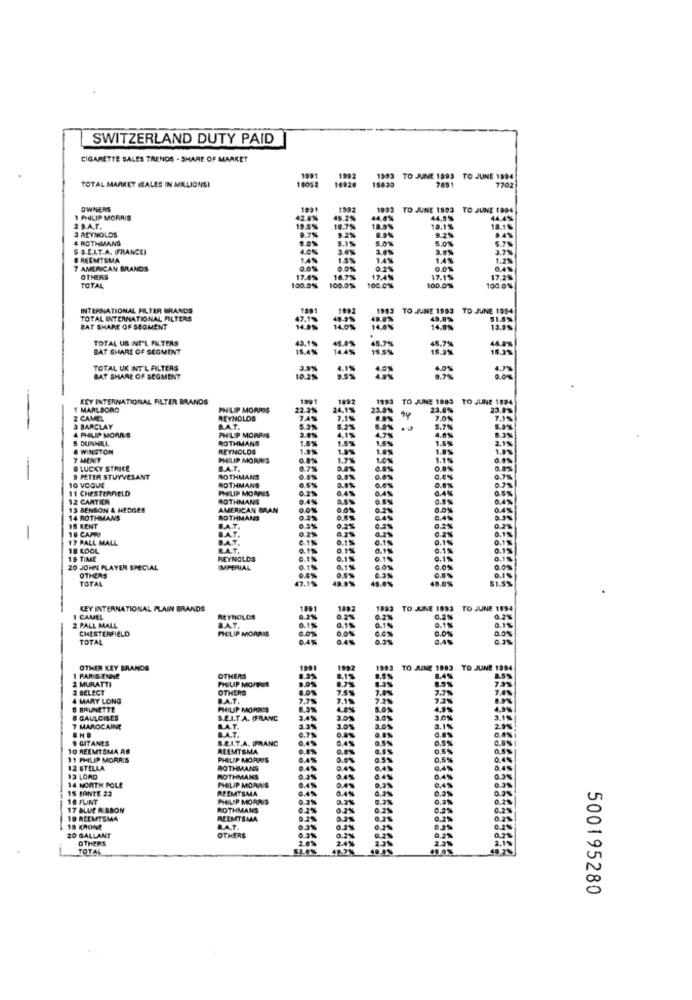
SWITZERLAND DUTY PAID
CIGARETTE SALES TRENDS - SHARE OF MARKET
1991
16926
1992
18635
1593
TO JUNE 1993 TO JUNE 1994
TOTAL MARKET ISALES IN MILLIONSI
OWNERS
1991
1993 YO JUNE 1993 TO JUNE 1996
1 PHILIP MORRIS
42.0%
44,8%
44.4%
2 B.A.F.
3 ALYNOLDS
19.5%
18.1%
4 ROTHMANS
S .S.E.LT.A. (FRANCE)
5.0%
5.75
3.7%
B REEMTSMA
1.5%
1.2%
7 AMERICAN BRANDS
OTHERS
17.4%
14.7%
17.15
17.29
TOTAL
100.0%
100.0%
100.0%
100.0%
100.0%
INTERNATIONAL FILTER BRANDS
1983
TO JUNE 1983
TO JUNE 1994
TOTAL INTERNATIONAL FILTERS
ZAT SHARE OF SEGMENT
TOTAL UB INT'L FILTERS
BAT SHARE OF SEGMENT
TOTAL UK INT'L FILTERS
BAT SHARE OF SEGMENT
055.55 55
+-
KEY INTERNATIONAL FILTER BRANDS
TO JUNE 1983
TO JUINE 1994
1 MARLBORO
PHILIP MORRIS
23.8%
23,0%
23.9%
Z CAMEL
REYNOLDS
7.4%
20%
3 BARCLAY
PHILIP MORRIS
B.A.T.
4 PHILIP MORRIS
5 DUNHILL
ROTHMANS
1.5%
& WINSTON
REYNOLDS
1.9%
215
7 MERIT
MELIP MORAES
0.8%
1.7%
-
9 LUCKY STRICE
B.A.T.
0.7%
10 VOQUE
9 PETER STUYVESANT
ROTHMANS
0.5%
6.5%
11 CHESTERFIELD
ROTHMANS
PHELIP MORRIS
0.2%
2.0%
12 CARTICA
ROTHMANS
0.4%
0.1%
13 BENSON & HEDGES
AMERICAN BRAN
0.0%
14 ROTHMANS
ROTHMANS
0.5%
15 KENT
16 CAPRI
0.3%
0.2%
-
17 PALL MALL
AT.
B.1%
8.1%
18 KOOL
RA.T.
0.1%
0.18
0.1%
0.15
0.1%
19 TIME
REYNOLDS
0.1%
0.15
0. 19
8.15
20 JOHN PLAYER SPECIAL
OTHERS
IMPERIAL
0.1%
TOTAL
47.15
$1.5%
KEY INTERNATIONAL PLAIN BRANDS
1001
1892
1983
TO JUNE 1993
TO JUNE 1994
I CAMEL
REYNOLDS
0.2%
2 PALL MALL
CHESTERFIELD
FICLIP MORRIS
BAT.
0.0%
0.1%
0.0%
0.15
TOTAL
0.4%
0.4%
0.0%
16555
OTHER KEY BRANDS
1992
TO AINE 1993
TO JUNE 1994
2 MURATTI
I PARIS ENNE
OTHERS
PHILIP MORRIS
8.0%
1.3%
8.15
ass
3 SELECT
OTHERS
4.0%
7.5%
7.0
4 MARY LONG
B.A.T.
7.1%
2.7%
S BRUNETTE
PHILIP MORRIS
2%
4.2%
4.9%
& CALLCISES
S.L.I.T.A. (FRANC
3.0%
3.01
3.0%
7 MAROCAINE
BAT.
0.8%
2.05
3. 15
GITANES
SEIT.A. FRANC
0.4%
10 REEMTSMA AS
REEMTSMA
11 PHILIP MORRIS
PHILIP MORRIS
0.5%
0.5%
12 STELLA
ROTHMANS
4%
13 LORD
14 NORTH POLE
ROTHMANS
PHILIP MORRIS
0.4%
0.45
15 PANTE 22
REEMTSMA
0,4%
0.45
16 FLINT
PHILIP MORAES
17 BLUE RIBBON
ROTHMANS
0.2%
18 REEMTSMA
REEMTSMA
18 KRONE
BA.T.
20 GALLANT
OTHERS
OTHERS
0.2%
24%
TOTAL
500195280